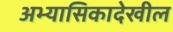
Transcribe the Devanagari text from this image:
अभ्यासिकादेखील